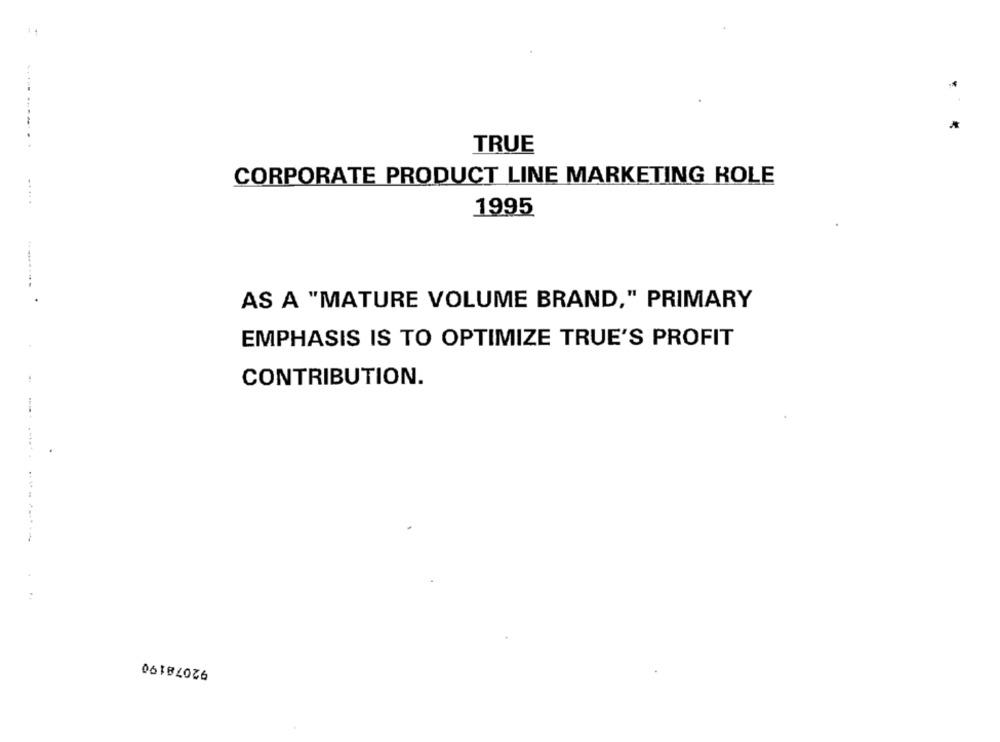
......
*
..
TRUE
CORPORATE PRODUCT LINE MARKETING KOLE
...
1995
AS A "MATURE VOLUME BRAND," PRIMARY
EMPHASIS IS TO OPTIMIZE TRUE'S PROFIT
CONTRIBUTION.
92078190